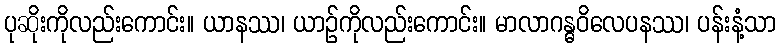
ပုဆိုးကိုလည်းကောင်း။ ယာနဿ၊ ယာဉ်ကိုလည်းကောင်း။ မာလာဂန္ဓဝိလေပနဿ၊ ပန်းနံ့သာ